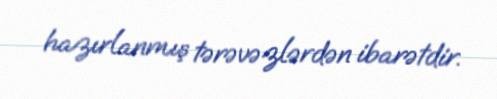
hazırlanmış tərəvəzlərdən ibarətdir.